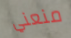
منعني